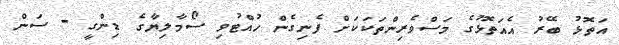
އަތޮޅު ބޭރު އެއަތޮޅުގެ މަސްވެރިންތަކަކަށް ފެނިގެން ހުއްޓުވި ސޯމާލިޔާގެ ޑިންގީ - ސަން